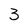
Character: 3